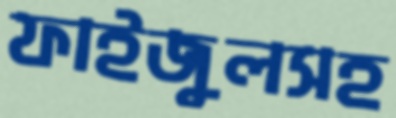
ফাইজুলসহ